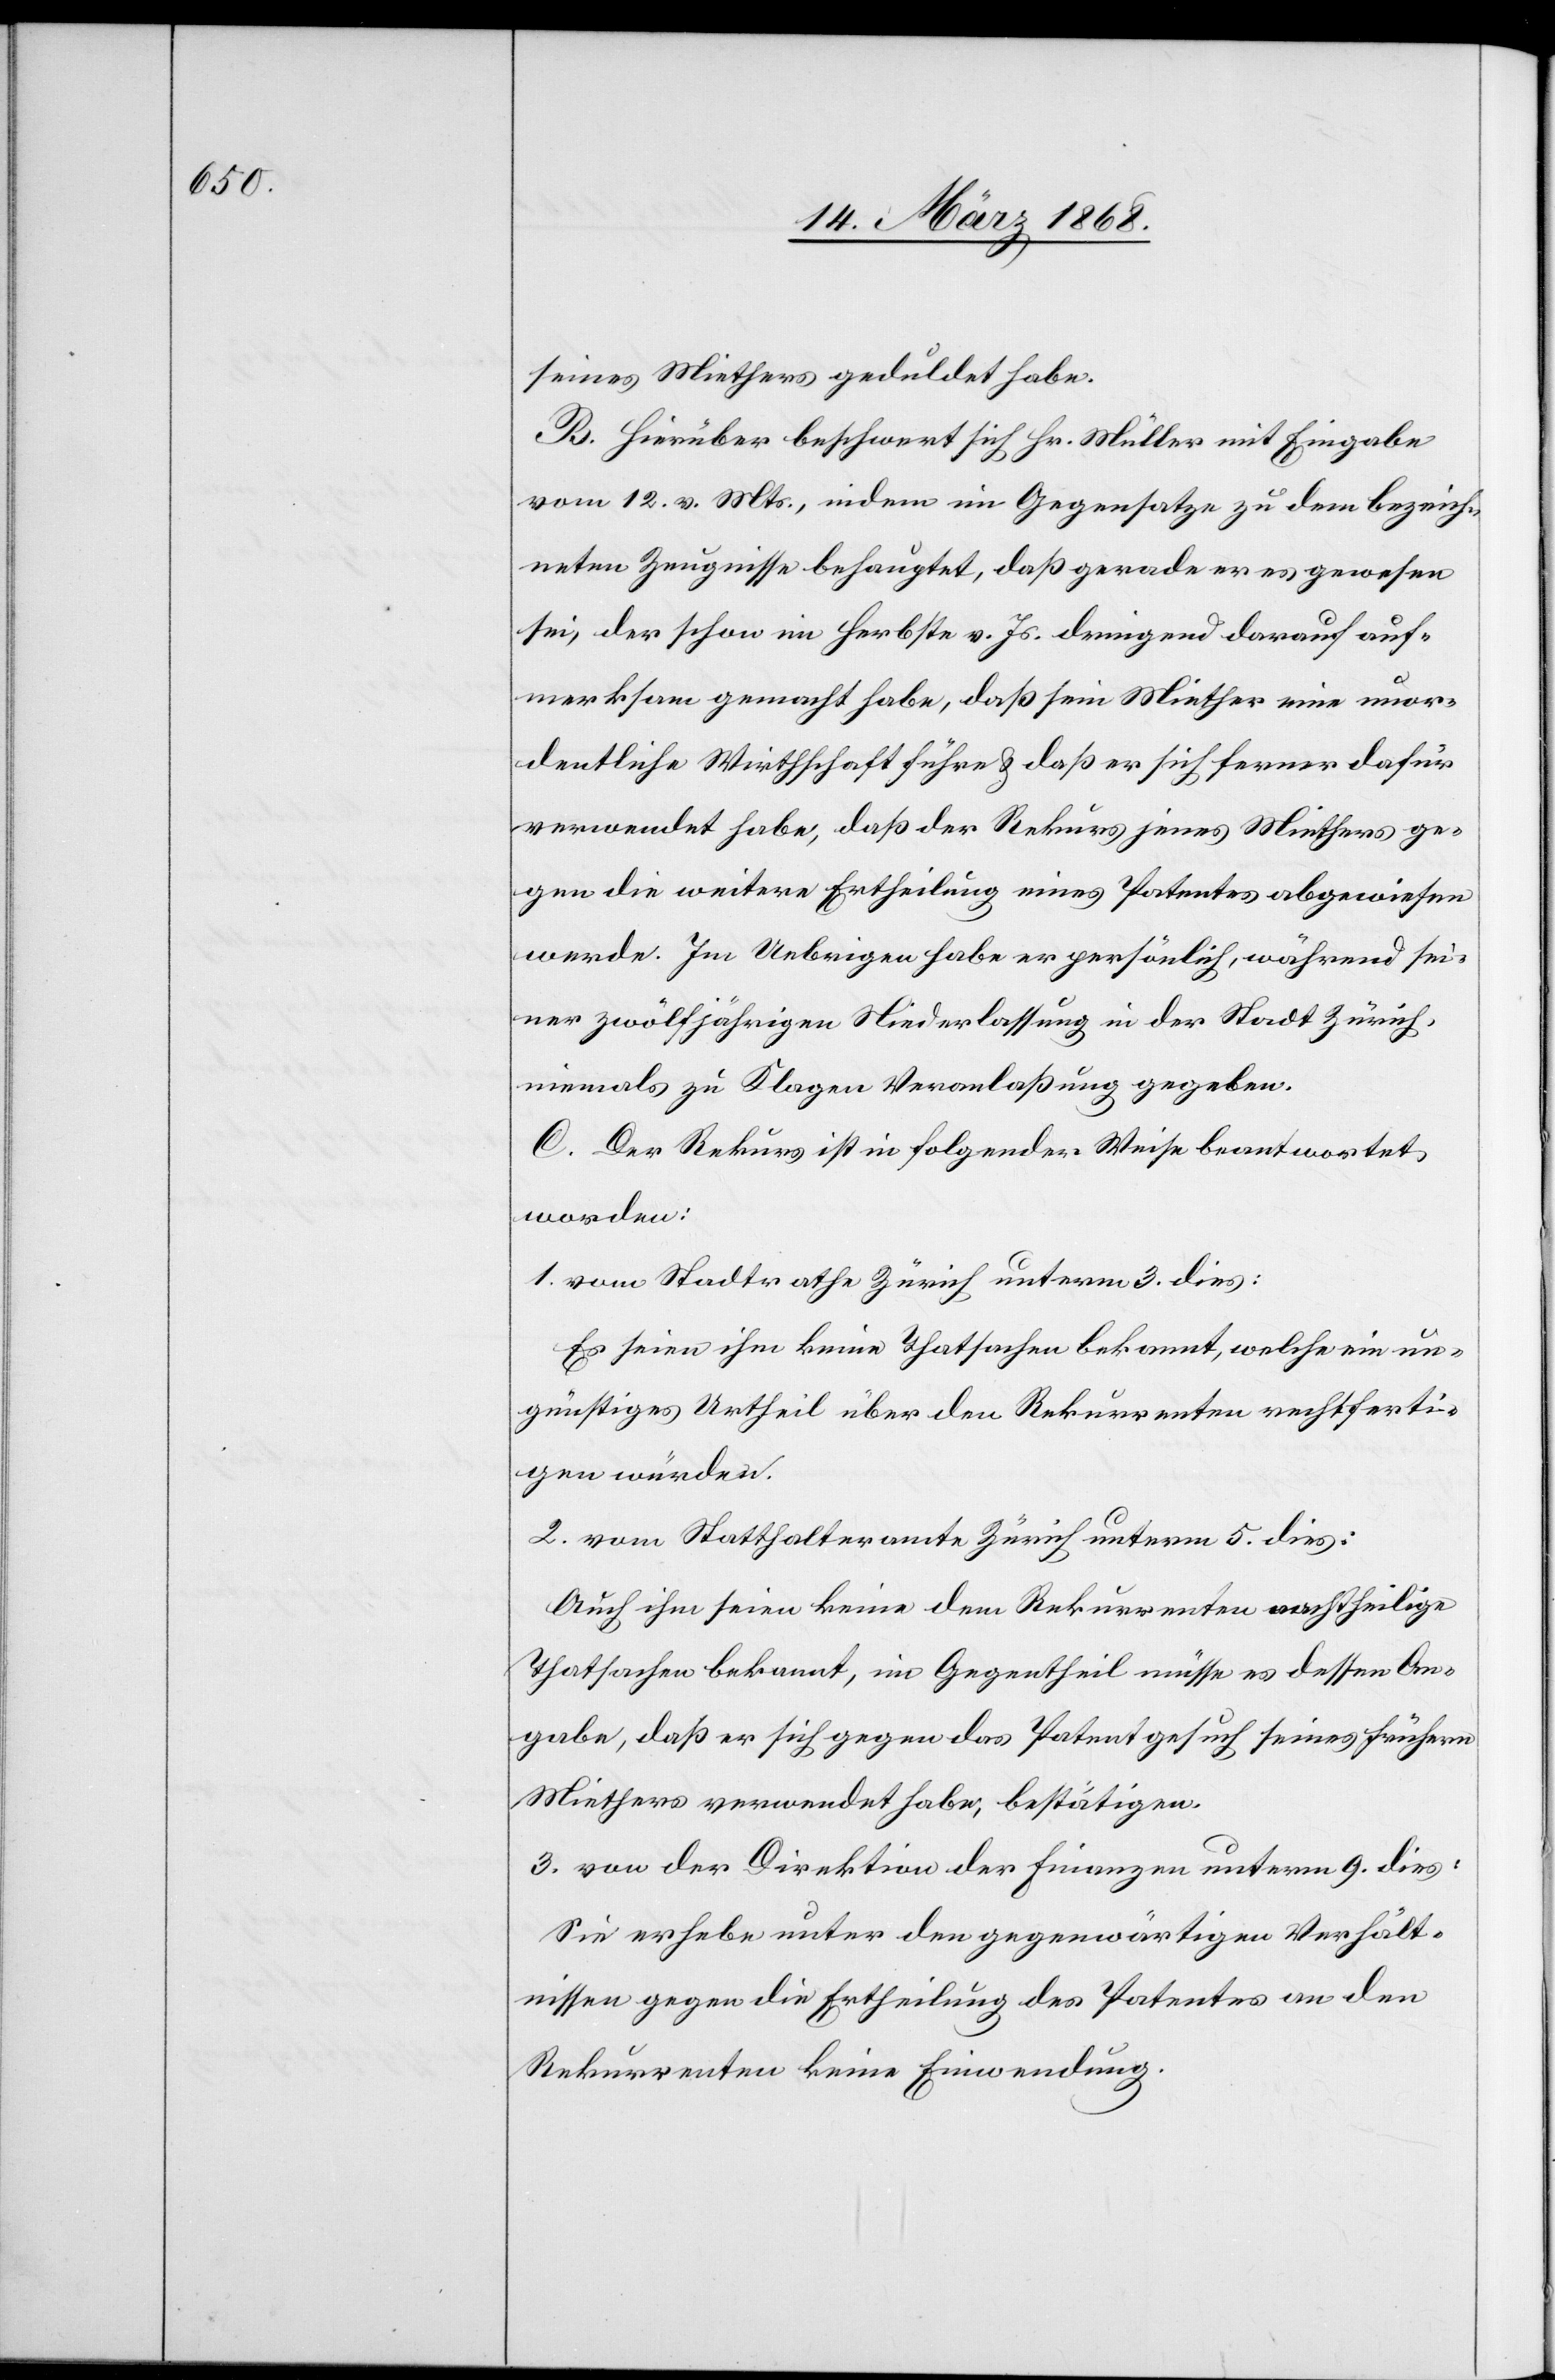
seines Miethers geduldet habe.
B. Hierüber beschwert sich Hr. Müller mit Eingabe
vom 12. v. Mts., indem [er] im Gegensatze zu dem bezeich¬
neten Zeugnisse behauptet, daß gerade er es gewesen
sei, der schon im Herbste v. Js. dringend darauf auf¬
merksam gemacht habe, daß sein Miether eine unor¬
dentliche Wirthschaft führe & daß er sich ferner dafür
verwendet habe, daß der Rekurs jenes Miethers ge¬
gen die weitere Ertheilung eines Patentes abgewiesen
werde. Im Uebrigen habe er persönlich, während sei¬
ner zwölfjährigen Niederlassung in der Stadt Zürich,
niemals zu Klagen Veranlaßung gegeben.
C. Der Rekurs ist in folgender Weise beantwortet
worden:
1. vom Stadtrathe Zürich unterm 3. dies:
Es seien ihm keine Thatsachen bekannt, welche ein un¬
günstiges Urtheil über den Rekurrenten rechtferti¬
gen würden.
2. vom Statthalteramte Zürich unterm 5. dies:
Auch ihm seien keine dem Rekurrenten nachtheilige
Thatsachen bekannt, im Gegentheil müsse es dessen An¬
gabe, daß er sich gegen das Patentgesuch seines frühern
Miethers verwendet habe, bestätigen.
3. von der Direktion der Finanzen unterm 9. dies:
Sie erhebe unter den gegenwärtigen Verhält¬
nissen gegen die Ertheilung des Patentes an den
Rekurrenten keine Einwendung.